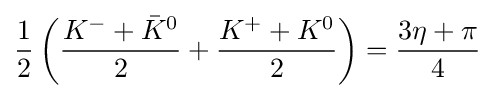
{\frac {1}{2}}\left({\frac {K^{-}+{\bar {K}}^{0}}{2}}+{\frac {K^{+}+K^{0}}{2}}\right)={\frac {3\eta +\pi }{4}}